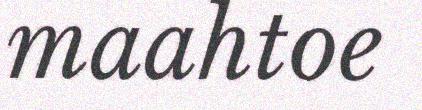
maahtoe